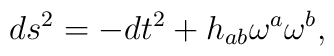
ds^2 =-dt^2 +h_{ab}\omega^a \omega^b  ,